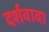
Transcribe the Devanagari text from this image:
दर्शवावा